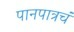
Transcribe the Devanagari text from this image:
पानपात्रचं